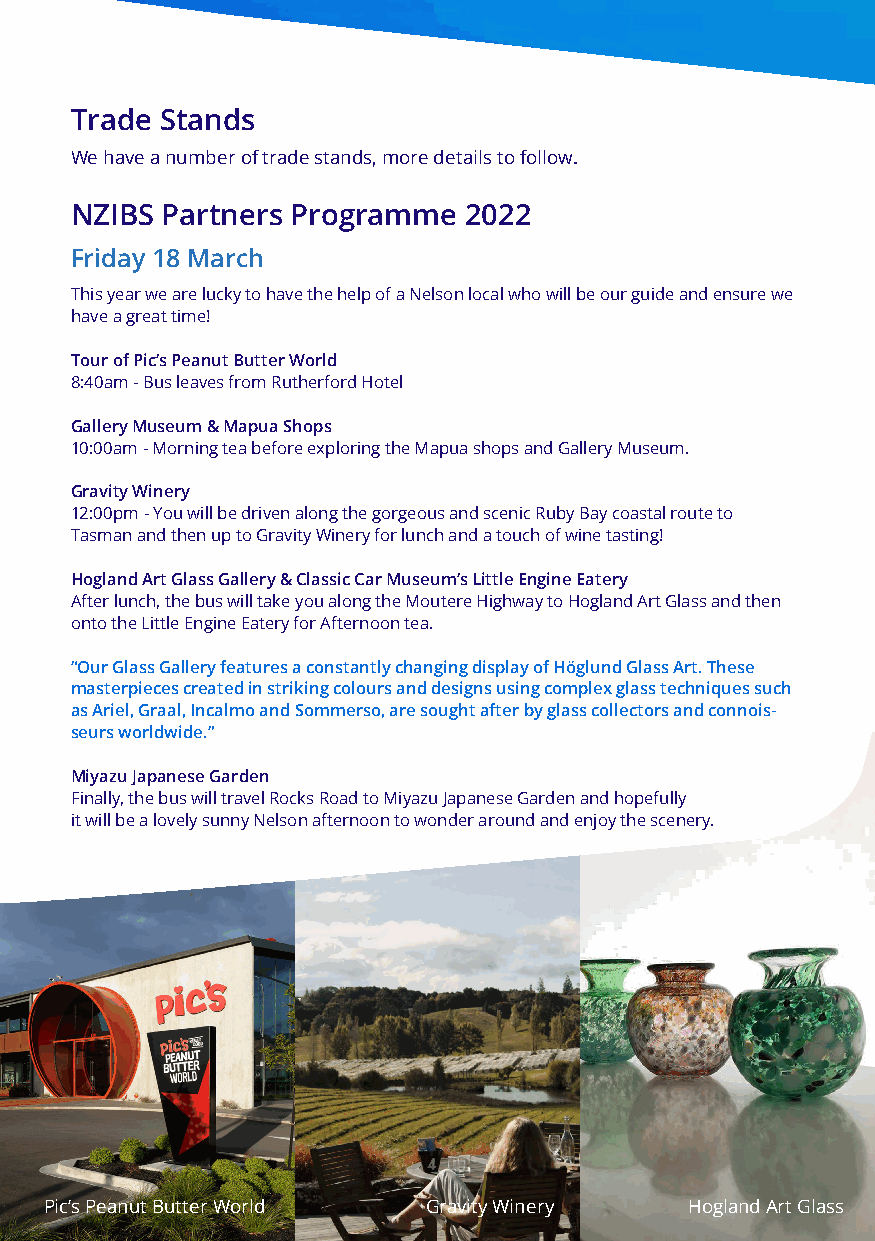
Trade Stands
 We have a number of trade stands, more details to follow.
 NZIBS Partners Programme  2022
 Friday 18 March
 This year we are lucky to have the help of a Nelson local who will be our guide and ensure we
 have a great time!
 Tour of Pic’s Peanut Butter World
 8:40am - Bus leaves from Rutherford Hotel
 Gallery Museum & Mapua Shops
 10:00am - Morning tea before exploring the Mapua shops and Gallery Museum.
 Gravity Winery
 12:00pm - You will be driven along the gorgeous and scenic Ruby Bay coastal route to
 Tasman and then up to Gravity Winery for lunch and a touch of wine tasting!
 Hogland Art Glass Gallery & Classic Car Museum’s Little Engine Eatery
 After lunch, the bus will take you along the Moutere Highway to Hogland Art Glass and then
 onto the Little Engine Eatery for Afternoon tea.
 “Our Glass Gallery features a constantly changing display of Höglund Glass Art. These
 masterpieces created in striking colours and designs using complex glass techniques such
 as Ariel, Graal, Incalmo and Sommerso, are sought after by glass collectors and connois-
 seurs worldwide.”
 Miyazu Japanese Garden
 Finally, the bus will travel Rocks Road to Miyazu Japanese Garden and hopefully
 it will be a lovely sunny Nelson afternoon to wonder around and enjoy the scenery.
 Pic’s Peanut Butter World Gravity Winery   Hogland Art Glass